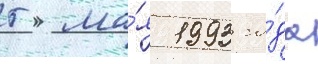
5 ма́я 1993 го́да